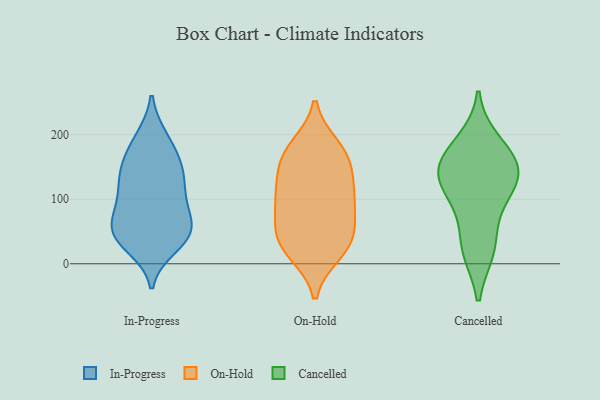
{"axis": {"x": "Tickets Resolved", "y": "Value"}, "legend": ["Cancelled", "In-Progress", "On-Hold"], "data": [{"x": "", "y": 94, "type": "In-Progress"}, {"x": "", "y": 54, "type": "In-Progress"}, {"x": "", "y": 44, "type": "In-Progress"}, {"x": "", "y": 67, "type": "In-Progress"}, {"x": "", "y": 131, "type": "In-Progress"}, {"x": "", "y": 39, "type": "In-Progress"}, {"x": "", "y": 135, "type": "In-Progress"}, {"x": "", "y": 195, "type": "In-Progress"}, {"x": "", "y": 93, "type": "In-Progress"}, {"x": "", "y": 52, "type": "In-Progress"}, {"x": "", "y": 54, "type": "In-Progress"}, {"x": "", "y": 27, "type": "In-Progress"}, {"x": "", "y": 37, "type": "In-Progress"}, {"x": "", "y": 195, "type": "In-Progress"}, {"x": "", "y": 148, "type": "In-Progress"}, {"x": "", "y": 96, "type": "In-Progress"}, {"x": "", "y": 159, "type": "In-Progress"}, {"x": "", "y": 125, "type": "In-Progress"}, {"x": "", "y": 166, "type": "In-Progress"}, {"x": "", "y": 18, "type": "On-Hold"}, {"x": "", "y": 22, "type": "On-Hold"}, {"x": "", "y": 42, "type": "On-Hold"}, {"x": "", "y": 37, "type": "On-Hold"}, {"x": "", "y": 162, "type": "On-Hold"}, {"x": "", "y": 115, "type": "On-Hold"}, {"x": "", "y": 109, "type": "On-Hold"}, {"x": "", "y": 120, "type": "On-Hold"}, {"x": "", "y": 89, "type": "On-Hold"}, {"x": "", "y": 180, "type": "On-Hold"}, {"x": "", "y": 164, "type": "On-Hold"}, {"x": "", "y": 170, "type": "On-Hold"}, {"x": "", "y": 81, "type": "On-Hold"}, {"x": "", "y": 50, "type": "On-Hold"}, {"x": "", "y": 76, "type": "Cancelled"}, {"x": "", "y": 22, "type": "Cancelled"}, {"x": "", "y": 189, "type": "Cancelled"}, {"x": "", "y": 113, "type": "Cancelled"}, {"x": "", "y": 171, "type": "Cancelled"}, {"x": "", "y": 133, "type": "Cancelled"}, {"x": "", "y": 21, "type": "Cancelled"}, {"x": "", "y": 138, "type": "Cancelled"}, {"x": "", "y": 155, "type": "Cancelled"}, {"x": "", "y": 135, "type": "Cancelled"}]}